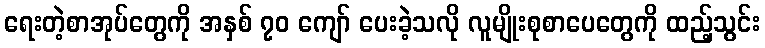
ရေးတဲ့စာအုပ်တွေကို အနှစ် ၇၀ ကျော် ပေးခဲ့သလို လူမျိုးစုစာပေတွေကို ထည့်သွင်း